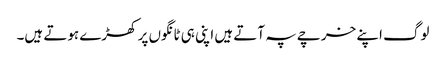
لوگ اپنے خرچے پہ آتے ہیں اپنی ہی ٹانگوں پر کھڑے ہوتے ہیں۔